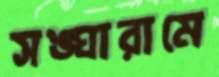
সঙ্ঘারামে